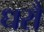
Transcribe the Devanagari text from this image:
धरौ